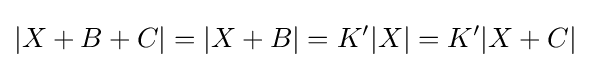
|X+B+C|=|X+B|=K'|X|=K'|X+C|